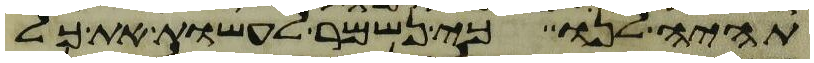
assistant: תהיה לנו כי נשמר לעשות את כל